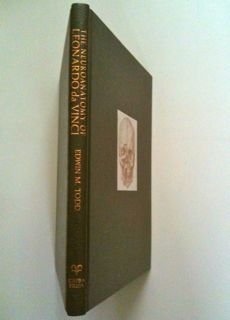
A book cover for The Neuroanatomy of Leonardo da Vinci; Edwin M. Todd; Medical Books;